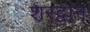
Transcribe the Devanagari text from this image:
शरद्वान्‌